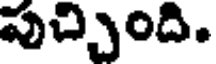
పుచ్చింది.